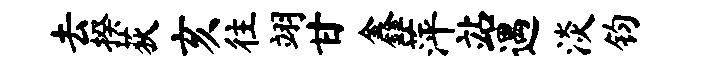
去揆荻亥往翊甘鑫萍站遇淡钧